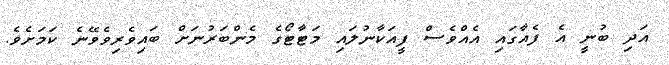
އަދި ބުނީ އެ ފެއާގައި އެއްވެސް ފީއަކާނުލައި މަޓާޓޯގެ މެންބަރުނަށް ބައިވެރިވެވޭނެ ކަމަށެވެ.